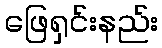
ဖြေရှင်းနည်း